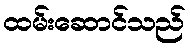
ထမ်းဆောင်သည်